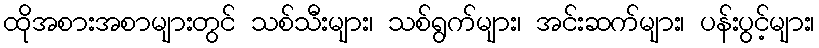
ထိုအစားအစာများတွင် သစ်သီးများ၊ သစ်ရွက်များ၊ အင်းဆက်များ၊ ပန်းပွင့်များ၊